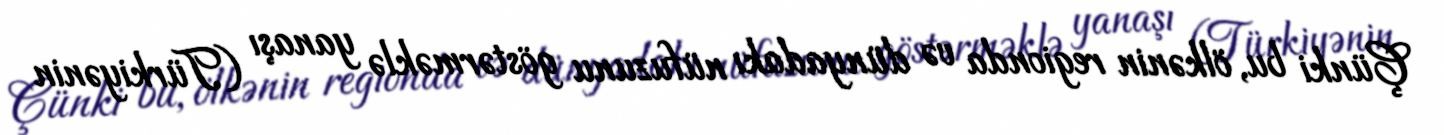
Çünki bu, ölkənin regionda və dünyadakı nüfuzunu göstərməklə yanaşı (Türkiyənin